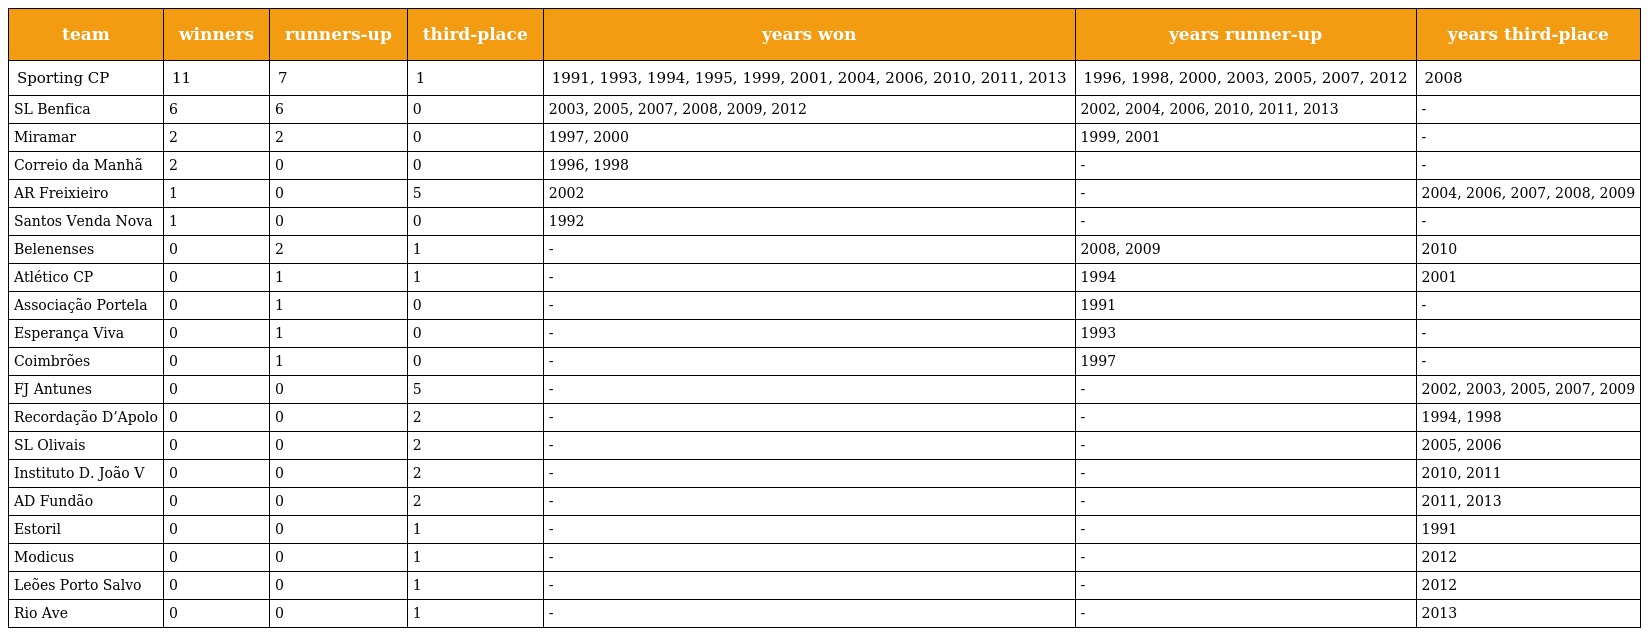
| team | winners | runners-up | third-place | years won | years runner-up | years third-place |
 | --- | --- | --- | --- | --- | --- | --- |
 | Sporting CP | 11 | 7 | 1 | 1991, 1993, 1994, 1995, 1999, 2001, 2004, 2006, 2010, 2011, 2013 | 1996, 1998, 2000, 2003, 2005, 2007, 2012 | 2008 |
 | SL Benfica | 6 | 6 | 0 | 2003, 2005, 2007, 2008, 2009, 2012 | 2002, 2004, 2006, 2010, 2011, 2013 | - |
 | Miramar | 2 | 2 | 0 | 1997, 2000 | 1999, 2001 | - |
 | Correio da Manhã | 2 | 0 | 0 | 1996, 1998 | - | - |
 | AR Freixieiro | 1 | 0 | 5 | 2002 | - | 2004, 2006, 2007, 2008, 2009 |
 | Santos Venda Nova | 1 | 0 | 0 | 1992 | - | - |
 | Belenenses | 0 | 2 | 1 | - | 2008, 2009 | 2010 |
 | Atlético CP | 0 | 1 | 1 | - | 1994 | 2001 |
 | Associação Portela | 0 | 1 | 0 | - | 1991 | - |
 | Esperança Viva | 0 | 1 | 0 | - | 1993 | - |
 | Coimbrões | 0 | 1 | 0 | - | 1997 | - |
 | FJ Antunes | 0 | 0 | 5 | - | - | 2002, 2003, 2005, 2007, 2009 |
 | Recordação D’Apolo | 0 | 0 | 2 | - | - | 1994, 1998 |
 | SL Olivais | 0 | 0 | 2 | - | - | 2005, 2006 |
 | Instituto D. João V | 0 | 0 | 2 | - | - | 2010, 2011 |
 | AD Fundão | 0 | 0 | 2 | - | - | 2011, 2013 |
 | Estoril | 0 | 0 | 1 | - | - | 1991 |
 | Modicus | 0 | 0 | 1 | - | - | 2012 |
 | Leões Porto Salvo | 0 | 0 | 1 | - | - | 2012 |
 | Rio Ave | 0 | 0 | 1 | - | - | 2013 |